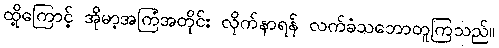
ထို့ကြောင့် အိုမာ့အကြံအတိုင်း လိုက်နာရန် လက်ခံသဘောတူကြသည်။